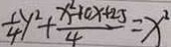
\frac { 1 } { 4 } y ^ { 2 } + \frac { x ^ { 2 } - 1 0 x + 2 5 } { 4 } = x ^ { 2 }